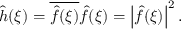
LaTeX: { \hat { h } } ( \xi ) = { \overline { { { \hat { f } } ( \xi ) } } } { \hat { f } } ( \xi ) = \left| { \hat { f } } ( \xi ) \right| ^ { 2 } .